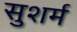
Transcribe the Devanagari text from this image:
सुशर्म